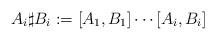
LaTeX: \begin{align*}A_i \sharp B_i := [A_1,B_1]\cdots [A_{i},B_{i}]\end{align*}